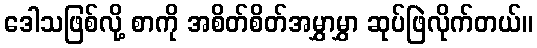
ဒေါသဖြစ်လို့ စာကို အစိတ်စိတ်အမွှာမွှာ ဆုပ်ဖြဲလိုက်တယ်။